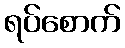
ရပ်စောက်